Civil Veterinary Department. United Provinces 1932-42 - 1932-1942
Year: 1932
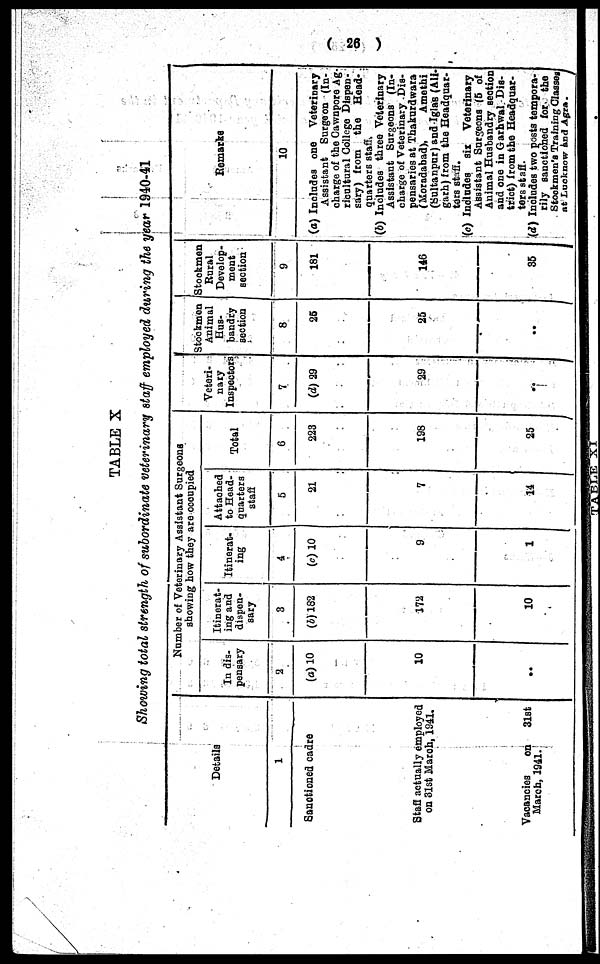
(26)
TABLE X
Showing total strength of subordinate veterinary staff employed during the year 1940-41
Details
1
Sanotioned cadre
Staff actually employed
on 31st March, 1941.
Vacancies
on
31st
March, 1941.
Number of Veterinary Assistant Surgeons
showing how they are ocoupied
In dis-
pensary
2
(a)10
10
..
Itinerat-
ing and
dispen-
sary
3
(b) 182
172
10
Itinerat-
ing
4
(c)10
9
1
Attached
to Head-
quarters
staff
5
21
7
14
Total
6
223
198
25
Veteri-
nary
Inspectors
7
(d)29
29
..
Stockmen
Animal
----
bandry
section
8
25
25
..
Stockmen
Rural
Develop-
ment
section
9
181
146
35
Remarks
10
(a) Includes one Veterinary
Assistant Surgeon (In-
charge of the Cawnpore Ag
ricultural College Dispen-
sary) from the Head-
quarters staffs
(b) Includes three Veterinary
Assistant Surgeons (In-
charge of Veterinary Dis-
pensaries at Thakurdwara
(Moradabad),
Amethi
(Sultanpur) and Iglas (All-
garb.) from the Headquar-
ters staff
(c) Includes six Veterinary
Assistant Surgeons (5 of
Animal Husbandry Beotion
and one in Garhwal Dis-
trict) from the Headquar-
ters staff.
(d) Includes two posts tempora-
rily sanctioned for. the
Stockmen's Training Classes
At Lucknow
and
Agra.